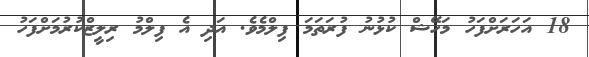
18 އަހަރަށްފަހު މަހޭޝް ކުޅުނު ފުރަތަމަ ފިލްމެވެ. އަދި އެ ފިލްމު ރިލީޒްކުރުމަށްފަހު